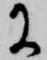
に